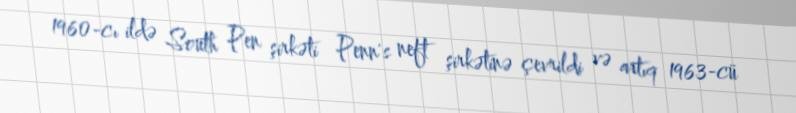
1960-cı ildə South Pen şirkəti Penn's neft şirkətinə çevrildi və artıq 1963-cü